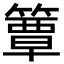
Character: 簟